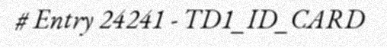
# Entry 24241 - TD1_ID_CARD